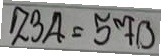
234 = 570